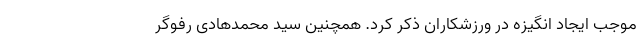
موجب ایجاد انگیزه در ورزشکاران ذکر کرد. همچنین سید محمدهادی رفوگر